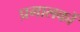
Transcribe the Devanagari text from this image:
प्रगालकों